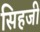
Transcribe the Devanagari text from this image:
सिहजी